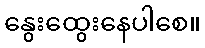
နွေးထွေးနေပါစေ။